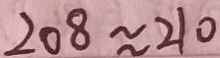
2 0 8 \approx 2 1 0